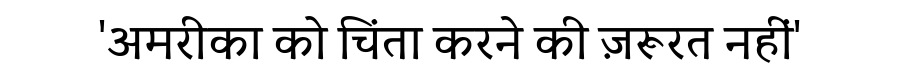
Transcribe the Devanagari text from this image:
'अमरीका को चिंता करने की ज़रूरत नहीं'